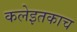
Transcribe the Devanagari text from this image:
कलेइतकाच